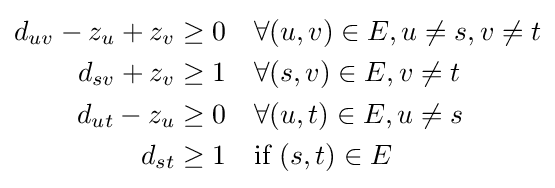
{\begin{aligned}d_{uv}-z_{u}+z_{v}&\geq 0&&\forall (u,v)\in E,u\neq s,v\neq t\\d_{sv}+z_{v}&\geq 1&&\forall (s,v)\in E,v\neq t\\d_{ut}-z_{u}&\geq 0&&\forall (u,t)\in E,u\neq s\\d_{st}&\geq 1&&{\text{if }}(s,t)\in E\end{aligned}}